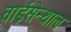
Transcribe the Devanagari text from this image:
वाईसेन्थाल